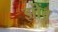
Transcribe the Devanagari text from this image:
झोंंबू